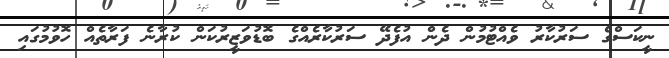
ނީކަސްގެ ސަރުކާރު ވެއްޓުމުން ދެން އުފެދޭ ސަރުކާރެއްގެ ބޮޑުވަޒީރުކަން ކުރާނެ ފަރާތެއް ހޮވުމުގައި